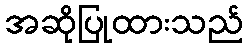
အဆိုပြုထားသည်